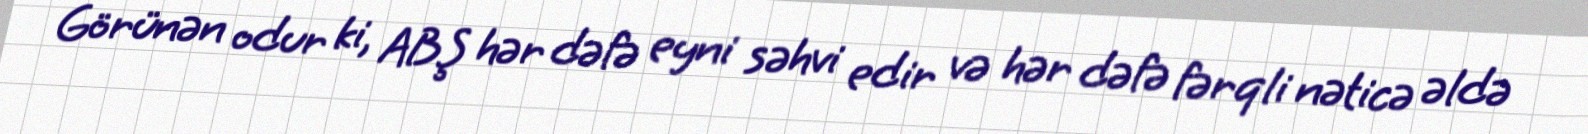
Görünən odur ki, ABŞ hər dəfə eyni səhvi edir və hər dəfə fərqli nəticə əldə